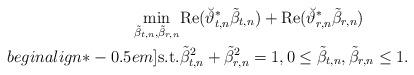
LaTeX: \begin{align*} \min_{\tilde{\beta}_{t,n}, \tilde{\beta}_{r,n}} & \mathrm{Re}( \breve{\vartheta}_{t,n}^* \tilde{\beta}_{t,n} ) + \mathrm{Re}( \breve{\vartheta}_{r,n}^* \tilde{\beta}_{r,n} ) \\begin{align*}-0.5em] \mathrm{s.t.} & \tilde{\beta}_{t,n}^2 + \tilde{\beta}_{r,n}^2 = 1, 0 \le \tilde{\beta}_{t,n}, \tilde{\beta}_{r,n} \le 1. \end{align*}